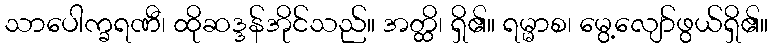
သာပေါက္ခရဏီ၊ ထိုဆဒ္ဒန်အိုင်သည်။ အတ္ထိ၊ ရှိ၏။ ရမ္မာစ၊ မွေ့လျော်ဖွယ်ရှိ၏။